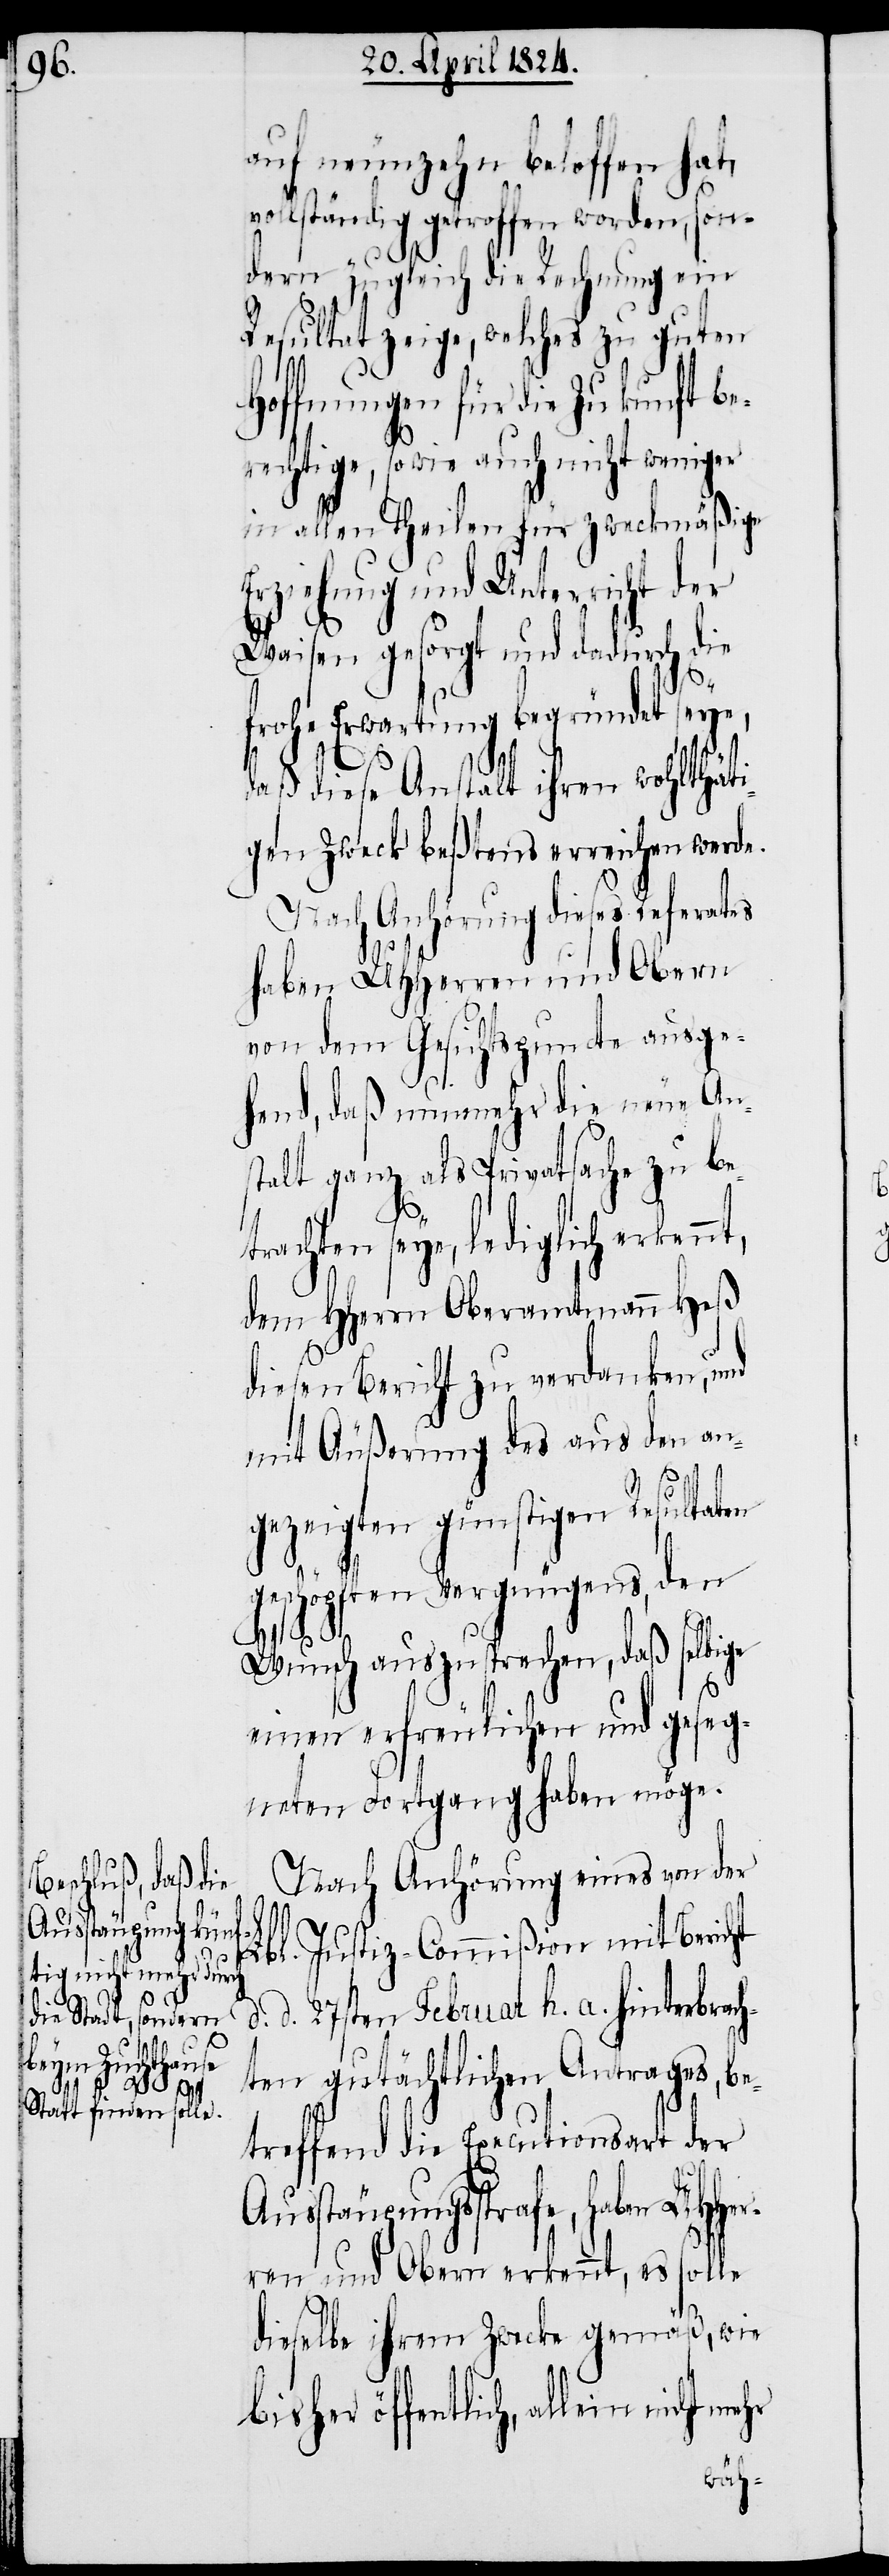
auf neunzehn beloffen hat,
vollständig getroffen worden, son¬
dern zugleich die Rechnung ein
Resultat zeige, welches zu guten
Hoffnungen für die Zukunft be¬
rechtige, sowie auch nicht weniger
in allen Theilen für zweckmäßige
Erziehung und Unterricht der
Waisen gesorgt und dadurch die
frohe Erwartung begründet seye,
daß diese Anstalt ihren wohlthäti¬
gen Zweck beßtens erreichen werde.
Nach Anhörung dieses Referates
haben UHHerren und Obern
von dem Gesichtspuncte ausge¬
hend, daß nunmehr die neue Ans¬
talt ganz als Privatsache zu bet¬
rachten seye, lediglich erken¬
dem HHerrn Oberamtmann Heß
diesen Bericht zu verdanken, und
mit Äußerung des aus den an¬
gezeigten günstigen Resultaten
geschöpften Vergnügens, den
st¬
d.
Wunsch auszusprechen, daß selbige
einen erfreulichen und geseg¬
neten Fortgang haben möge.
Nach Anhörung eines von der
Lbl. Justiz-Commißion mit Bericht
d. 27sten Februar h. a. hinterbrach¬
ten gutächtlichen Antrages, be¬
treffend die Executionsart der
äupungsstrafe, haben UHHe¬
rr und Obern erkennt, es solle
dieselbe ihrem Zwecke gemäß, wie
bisher öffentlich, allein nicht
mehr